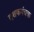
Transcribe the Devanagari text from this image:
दशकपंचक